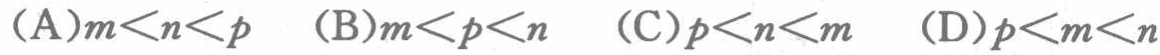
\((A)m < n < p\quad (B)m < p < n\quad (C)p < n < m\quad (D)p < m < n\)